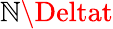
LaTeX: \mathbb{N}\Deltat